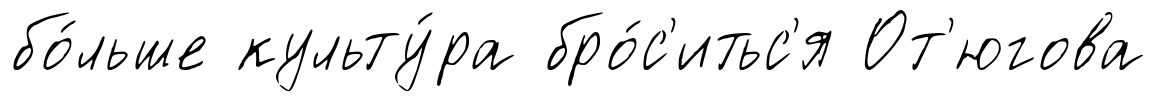
бо́льше культу́ра бро́с'итьс'я От'югова